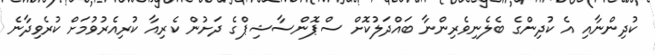
ކުދިންނާއި އެ ކުދިންގެ ބެލެނިވެރިންނާ ބައްދަލުކޮށް ސްޕޮންސާޝިޕްގެ ދަށުން ކެރިއާ ކުރިއެރުވުމަށް ކުރެވިދާނެ